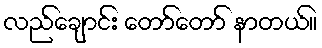
လည်ချောင်း တော်တော် နာတယ်။